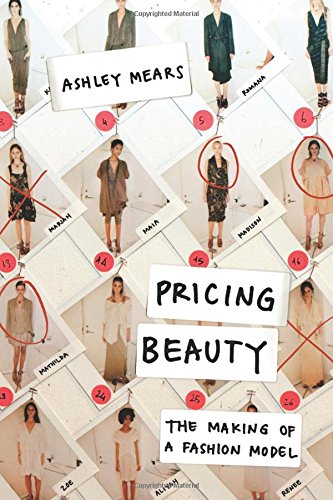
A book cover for Pricing Beauty: The Making of a Fashion Model; Ashley Mears; Arts & Photography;